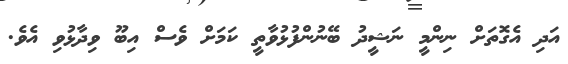
އަދި އެގޮތަށް ނިންމީ ނަޝީދު ބޭނުންފުޅުވާތީ ކަމަށް ވެސް އިބޫ ވިދާޅުވި އެވެ.